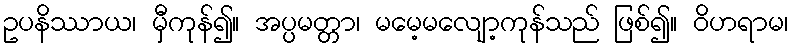
ဥပနိဿာယ၊ မှီကုန်၍။ အပ္ပမတ္တာ၊ မမေ့မလျော့ကုန်သည် ဖြစ်၍။ ဝိဟရာမ၊